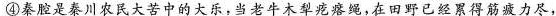
④秦腔是秦川农民大苦中的大乐,当老牛木犁疙瘩绳,在田野已经累得筋疲力尽，